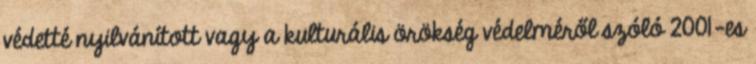
védetté nyilvánított vagy a kulturális örökség védelméről szóló 2001-es